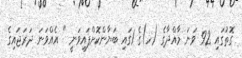
ގޮތުގައި 92 ވަނަ މާއްދާގެ (ހ)ގެ 1ގައި ބަޔާންކޮށްފައިވަނީ " އެއްވަނަ ދަރަޖައިގެ